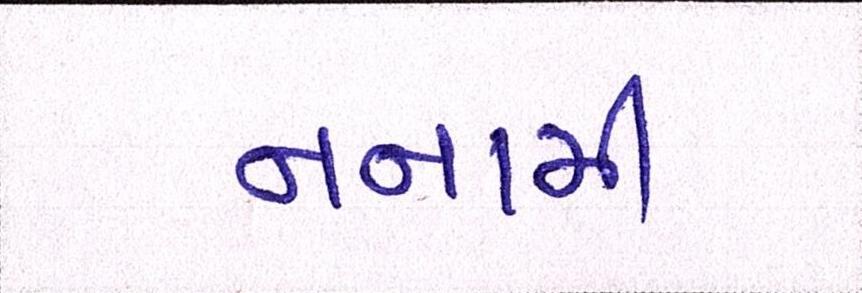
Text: નનામી